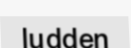
ludden